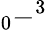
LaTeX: _{0}-^{3}